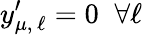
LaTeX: y_{\mu,\, \ell}^{\prime}=0\; \; \forall\ell